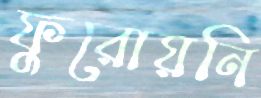
ফুরোয়নি